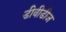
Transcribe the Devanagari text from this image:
डीवीडीज